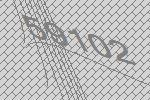
59102